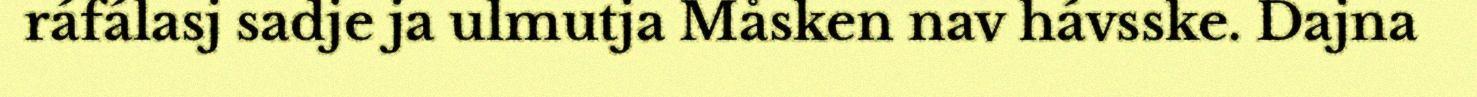
ráfálasj sadje ja ulmutja Måsken nav hávsske. Dajna